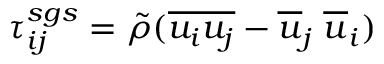
\tau _ { i j } ^ { s g s } = \tilde { \rho } ( \overline { { u _ { i } u _ { j } } } - \overline { { u } } _ { j } \; \overline { { u } } _ { i } )